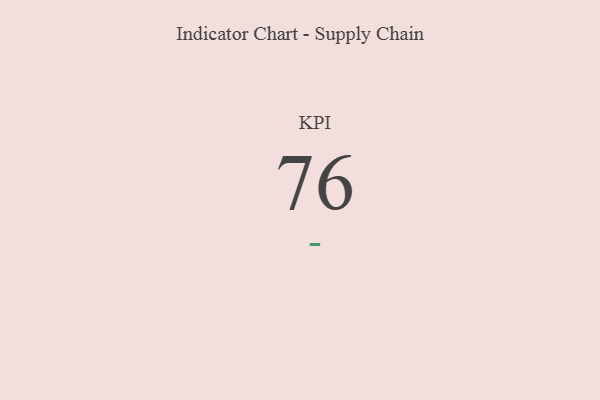
{"axis": {"x": "KPI", "y": "Value"}, "legend": [""], "data": [{"x": "KPI", "y": 76, "type": ""}]}